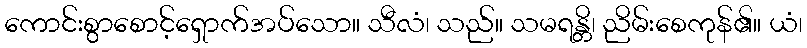
ကောင်းစွာစောင့်ရှောက်အပ်သော။ သီလံ၊ သည်။ သမရန္တိ၊ ညိမ်းစေကုန်၏။ ယံ၊